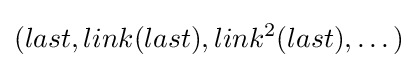
(last,link(last),link^{2}(last),\dots )